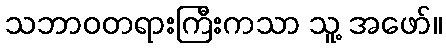
သဘာဝတရားကြီးကသာ သူ့ အဖော်။